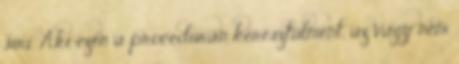
siri. Aki ezen a procedú­rán keresztülment, az vagy nem